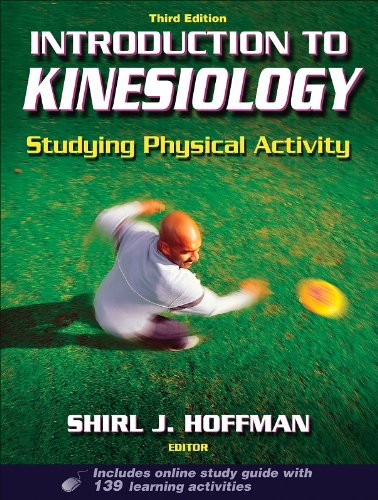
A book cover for Introduction to Kinesiology: Studying Physical Activity, Third Edition; Medical Books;